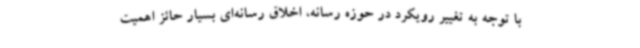
با توجه به تغییر رویکرد در حوزه رسانه، اخلاق رسانه‌ای بسیار حائز اهمیت